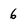
Character: 6